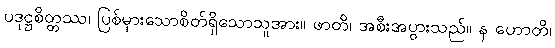
ပဒုဋ္ဌစိတ္တဿ၊ ပြစ်မှားသောစိတ်ရှိသောသူအား။ ဖာတိ၊ အစီးအပွားသည်။ န ဟောတိ၊